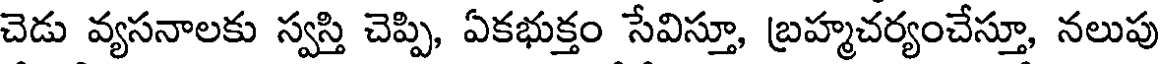
చెడు వ్యసనాలకు స్వస్తి చెప్పి, ఏకభుక్తం సేవిస్తూ, బ్రహ్మచర్యంచేస్తూ, నలుపు